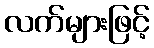
လက်များဖြင့်